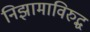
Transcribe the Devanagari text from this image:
निझामाविरुद्ध